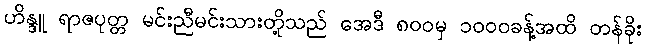
ဟိန္ဒူ ရာဇပုတ္တ မင်းညီမင်းသားတို့သည် အေဒီ ၈၀၀မှ ၁၀၀၀ခန့်အထိ တန်ခိုး